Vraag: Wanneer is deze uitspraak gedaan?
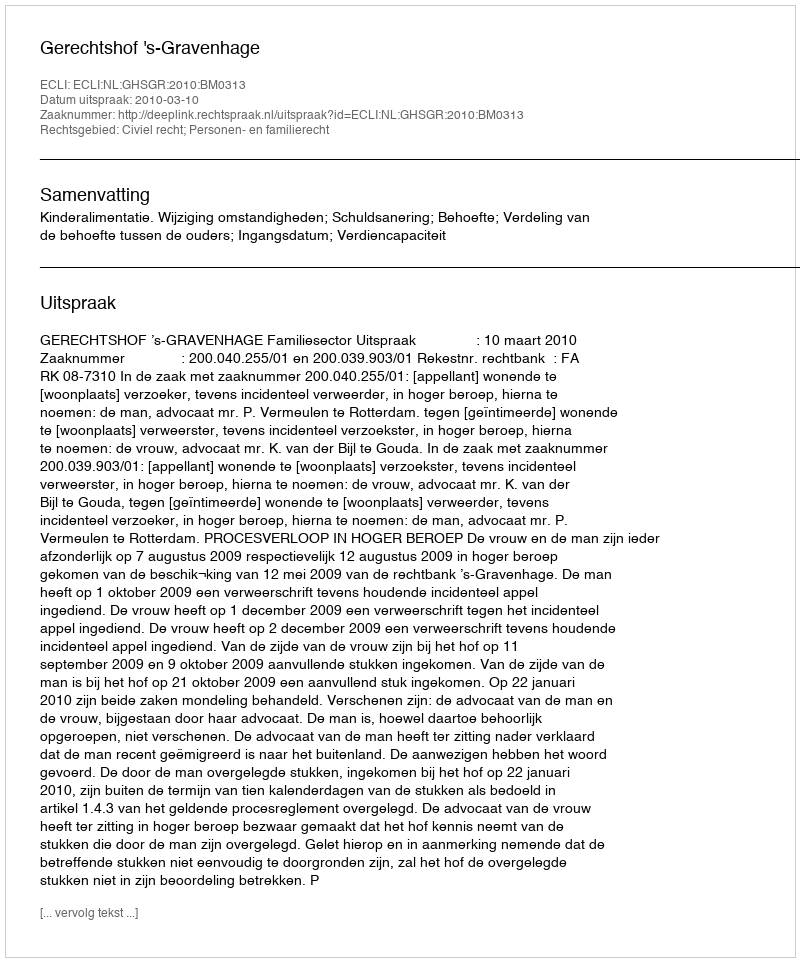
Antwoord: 2010-03-10